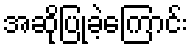
အဆိုပြုခဲ့ကြောင်း